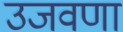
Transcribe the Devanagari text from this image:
उजवणा